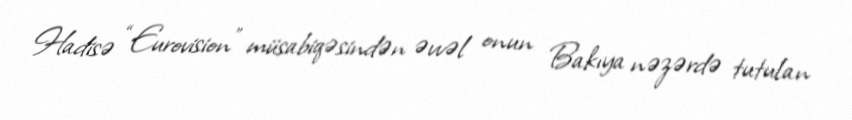
Hadisə “Eurovision” müsabiqəsindən əvvəl onun Bakıya nəzərdə tutulan